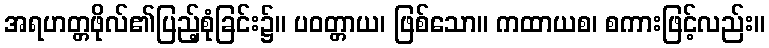
အရဟတ္တဖိုလ်၏ပြည့်စုံခြင်း၌။ ပဝတ္တာယ၊ ဖြစ်သော။ ကထာယစ၊ စကားဖြင့်လည်း။